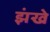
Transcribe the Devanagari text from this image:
झंखे